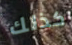
كذلك